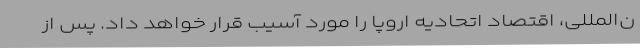
ن‌المللی، اقتصاد اتحادیه اروپا را مورد آسیب قرار خواهد داد. پس از